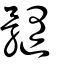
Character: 𩪷